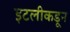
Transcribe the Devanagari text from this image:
इटलीकडून